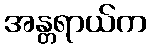
အန္တရာယ်က